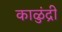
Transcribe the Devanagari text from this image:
काळुंद्री